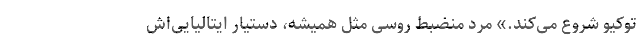
توکیو شروع می‌کند.» مرد منضبط روسی مثل همیشه، دستیار ایتالیایی‌اش